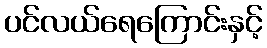
ပင်လယ်ရေကြောင်းနှင့်